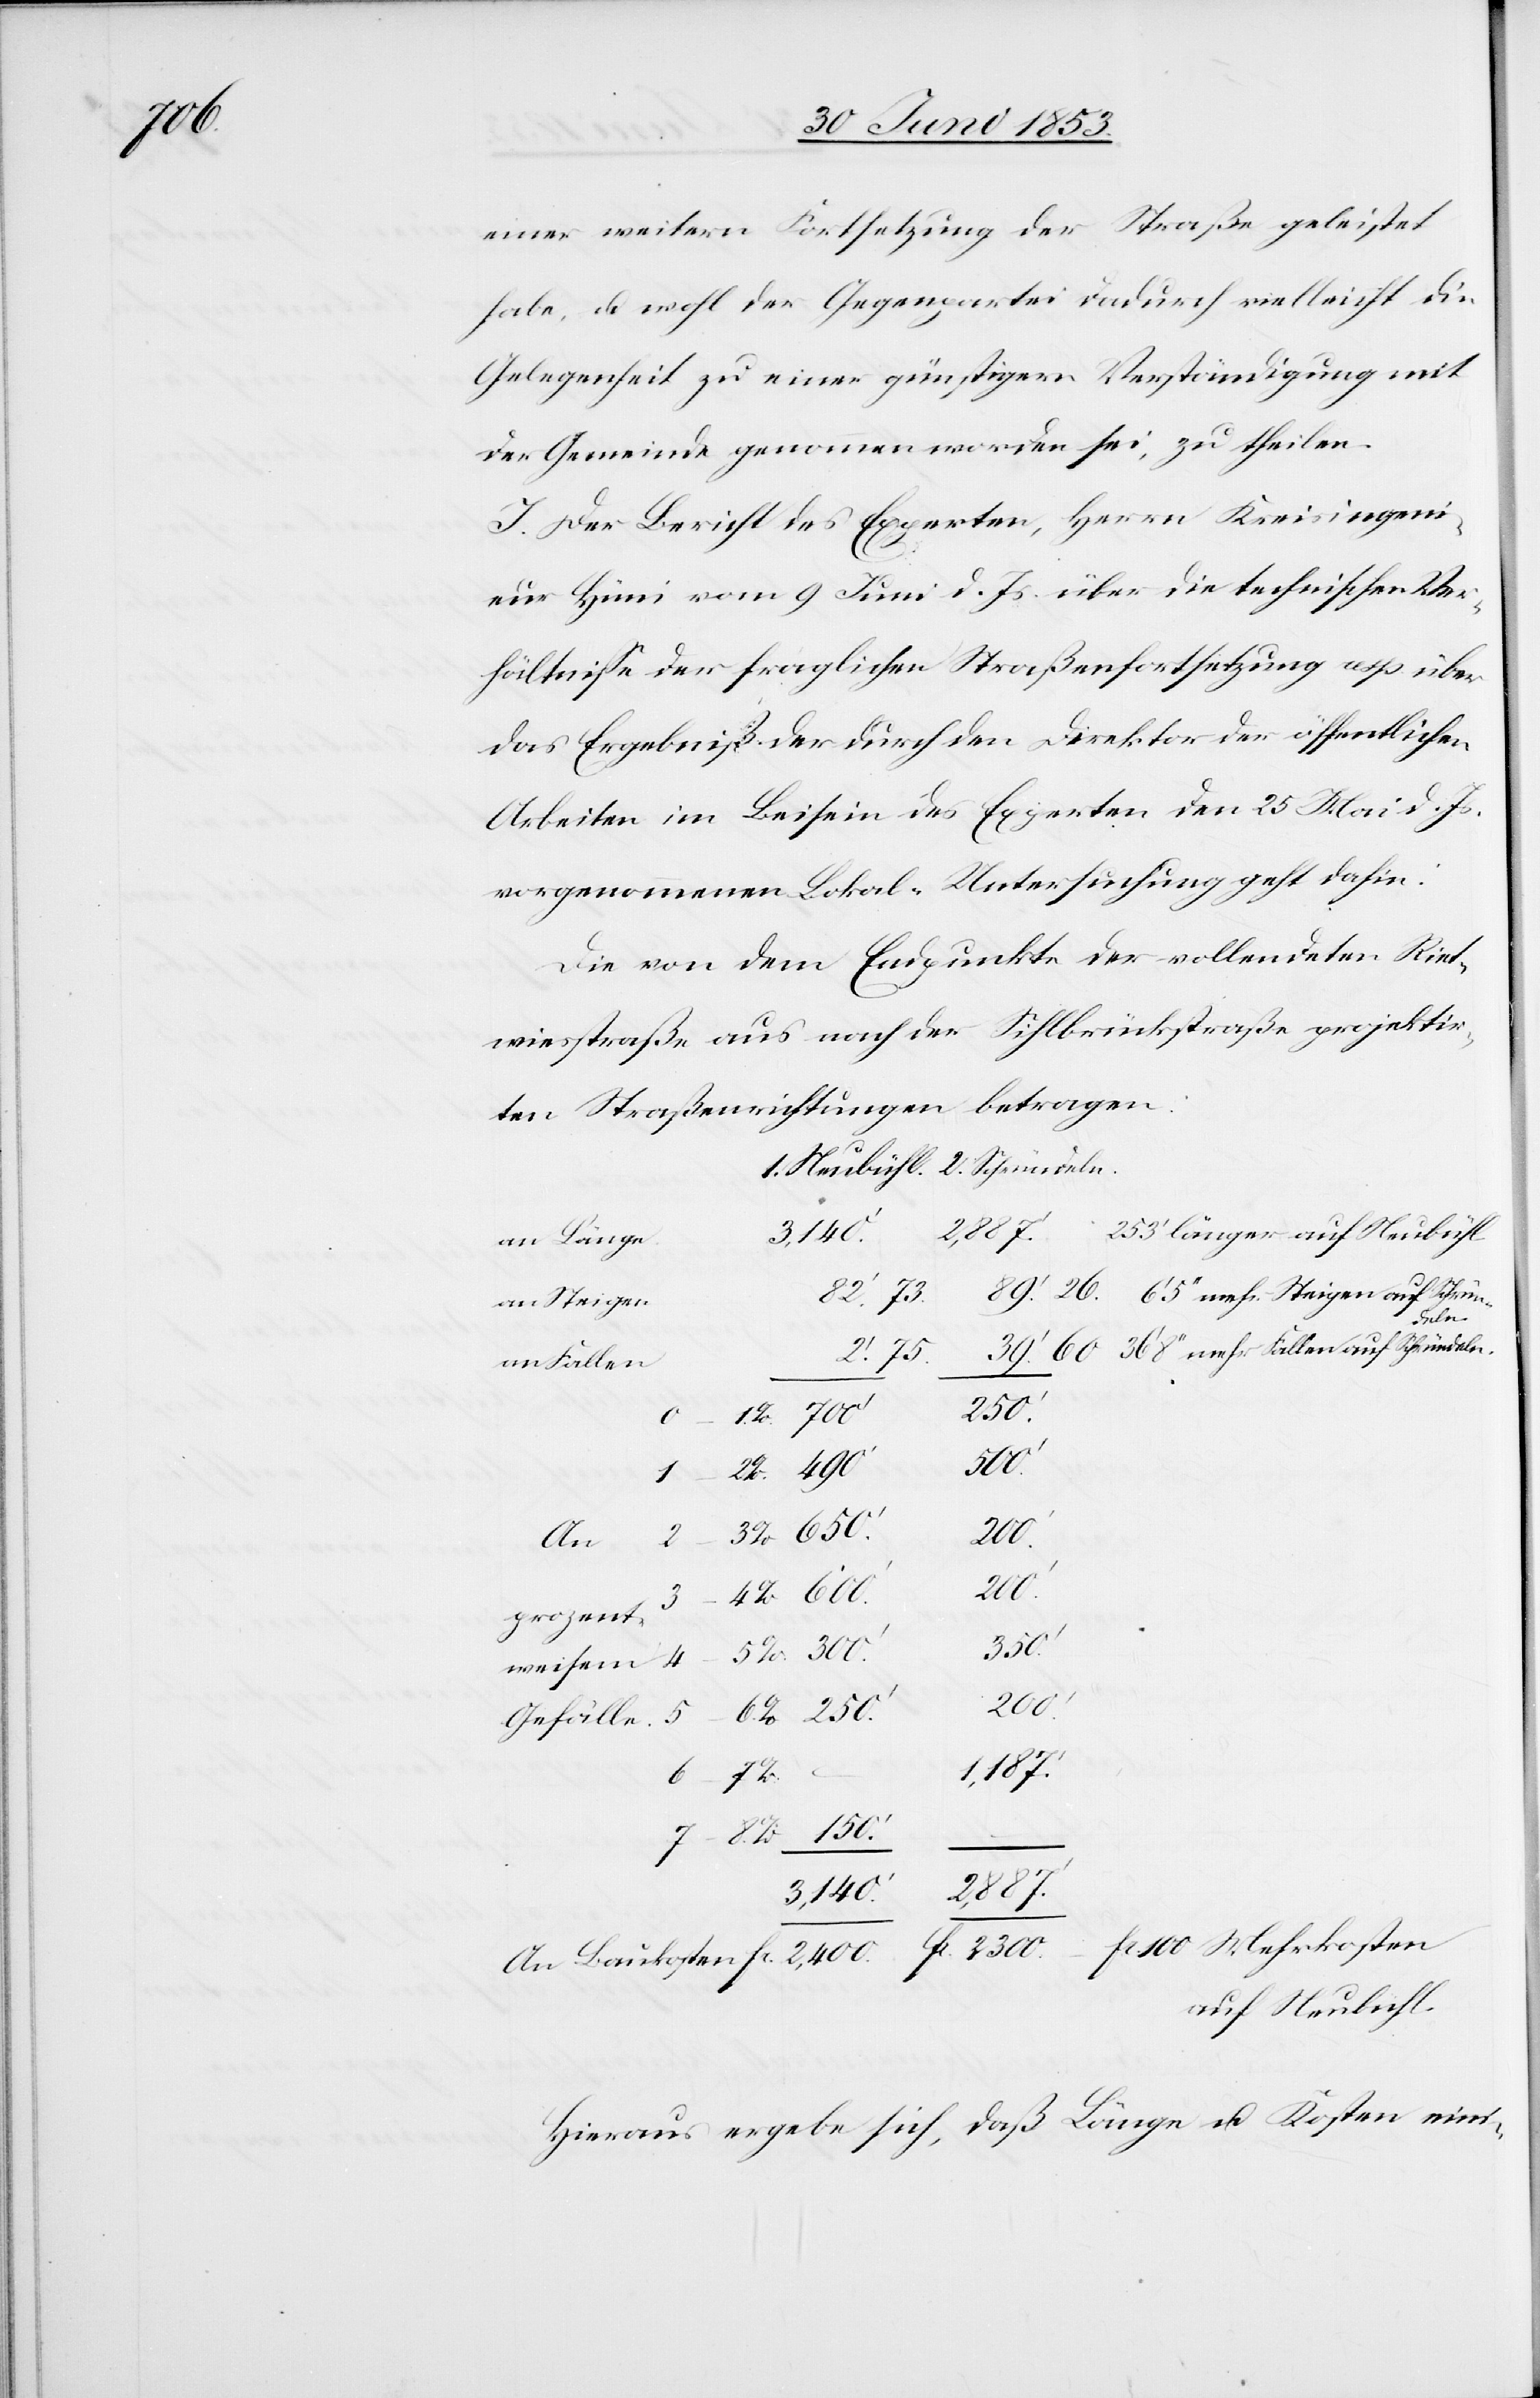
einer weitern Fortsetzung der Straße geleistet
habe, u. wohl der Gegenpartei dadurch vielleicht die
Gelegenheit zu einer günstigern Verständigung mit
der Gemeinde genommen worden sei, zu theilen.
J. Der Bericht des Experten, Herrn Kreisingeni¬
eur Hüni vom 9 Juni d. Js. über die technischen Ver¬
hälltniße der fraglichen Straßenbenutzung resp. über
das Ergebniß der durch den Direktor der öffentlichen
Arbeiten im Beisein des Experten den 25 Mai d. Js.
vorgenommenen Lokal-Untersuchung geht dahin:
Die von dem Endpunkte der vollendeten Riet¬
wiesstraße aus nach der Sihlbrückstraße projektir¬
ten Straßenrichtungen betragen:
3,140’
an Länge
r Steigen
deln.
36’ 8“ mehr Fallen auf Schründeln
82.’ 73.
an Fallen
2300
1.
2.
An
100
–
1,187’
fr.
60.
2,887’
auf Neubühl
Hieraus ergebe sich, daß Länge u. Kosten eini-